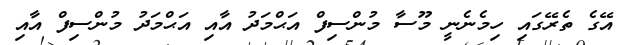
އޭގެ ތެރޭގައި ހިމެނެނީ މޫސާ މުންސިފް އަޙްމަދު އާއި އަޙްމަދު މުންސިފް އާއި